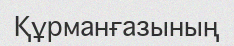
Құрманғазының